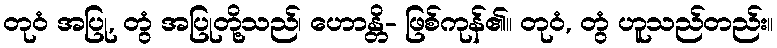
တုဝံ အပြု, တွံ အပြုတို့သည်၊ ဟောန္တိ- ဖြစ်ကုန်၏။ တုဝံ, တွံ ဟူသည်တည်း။